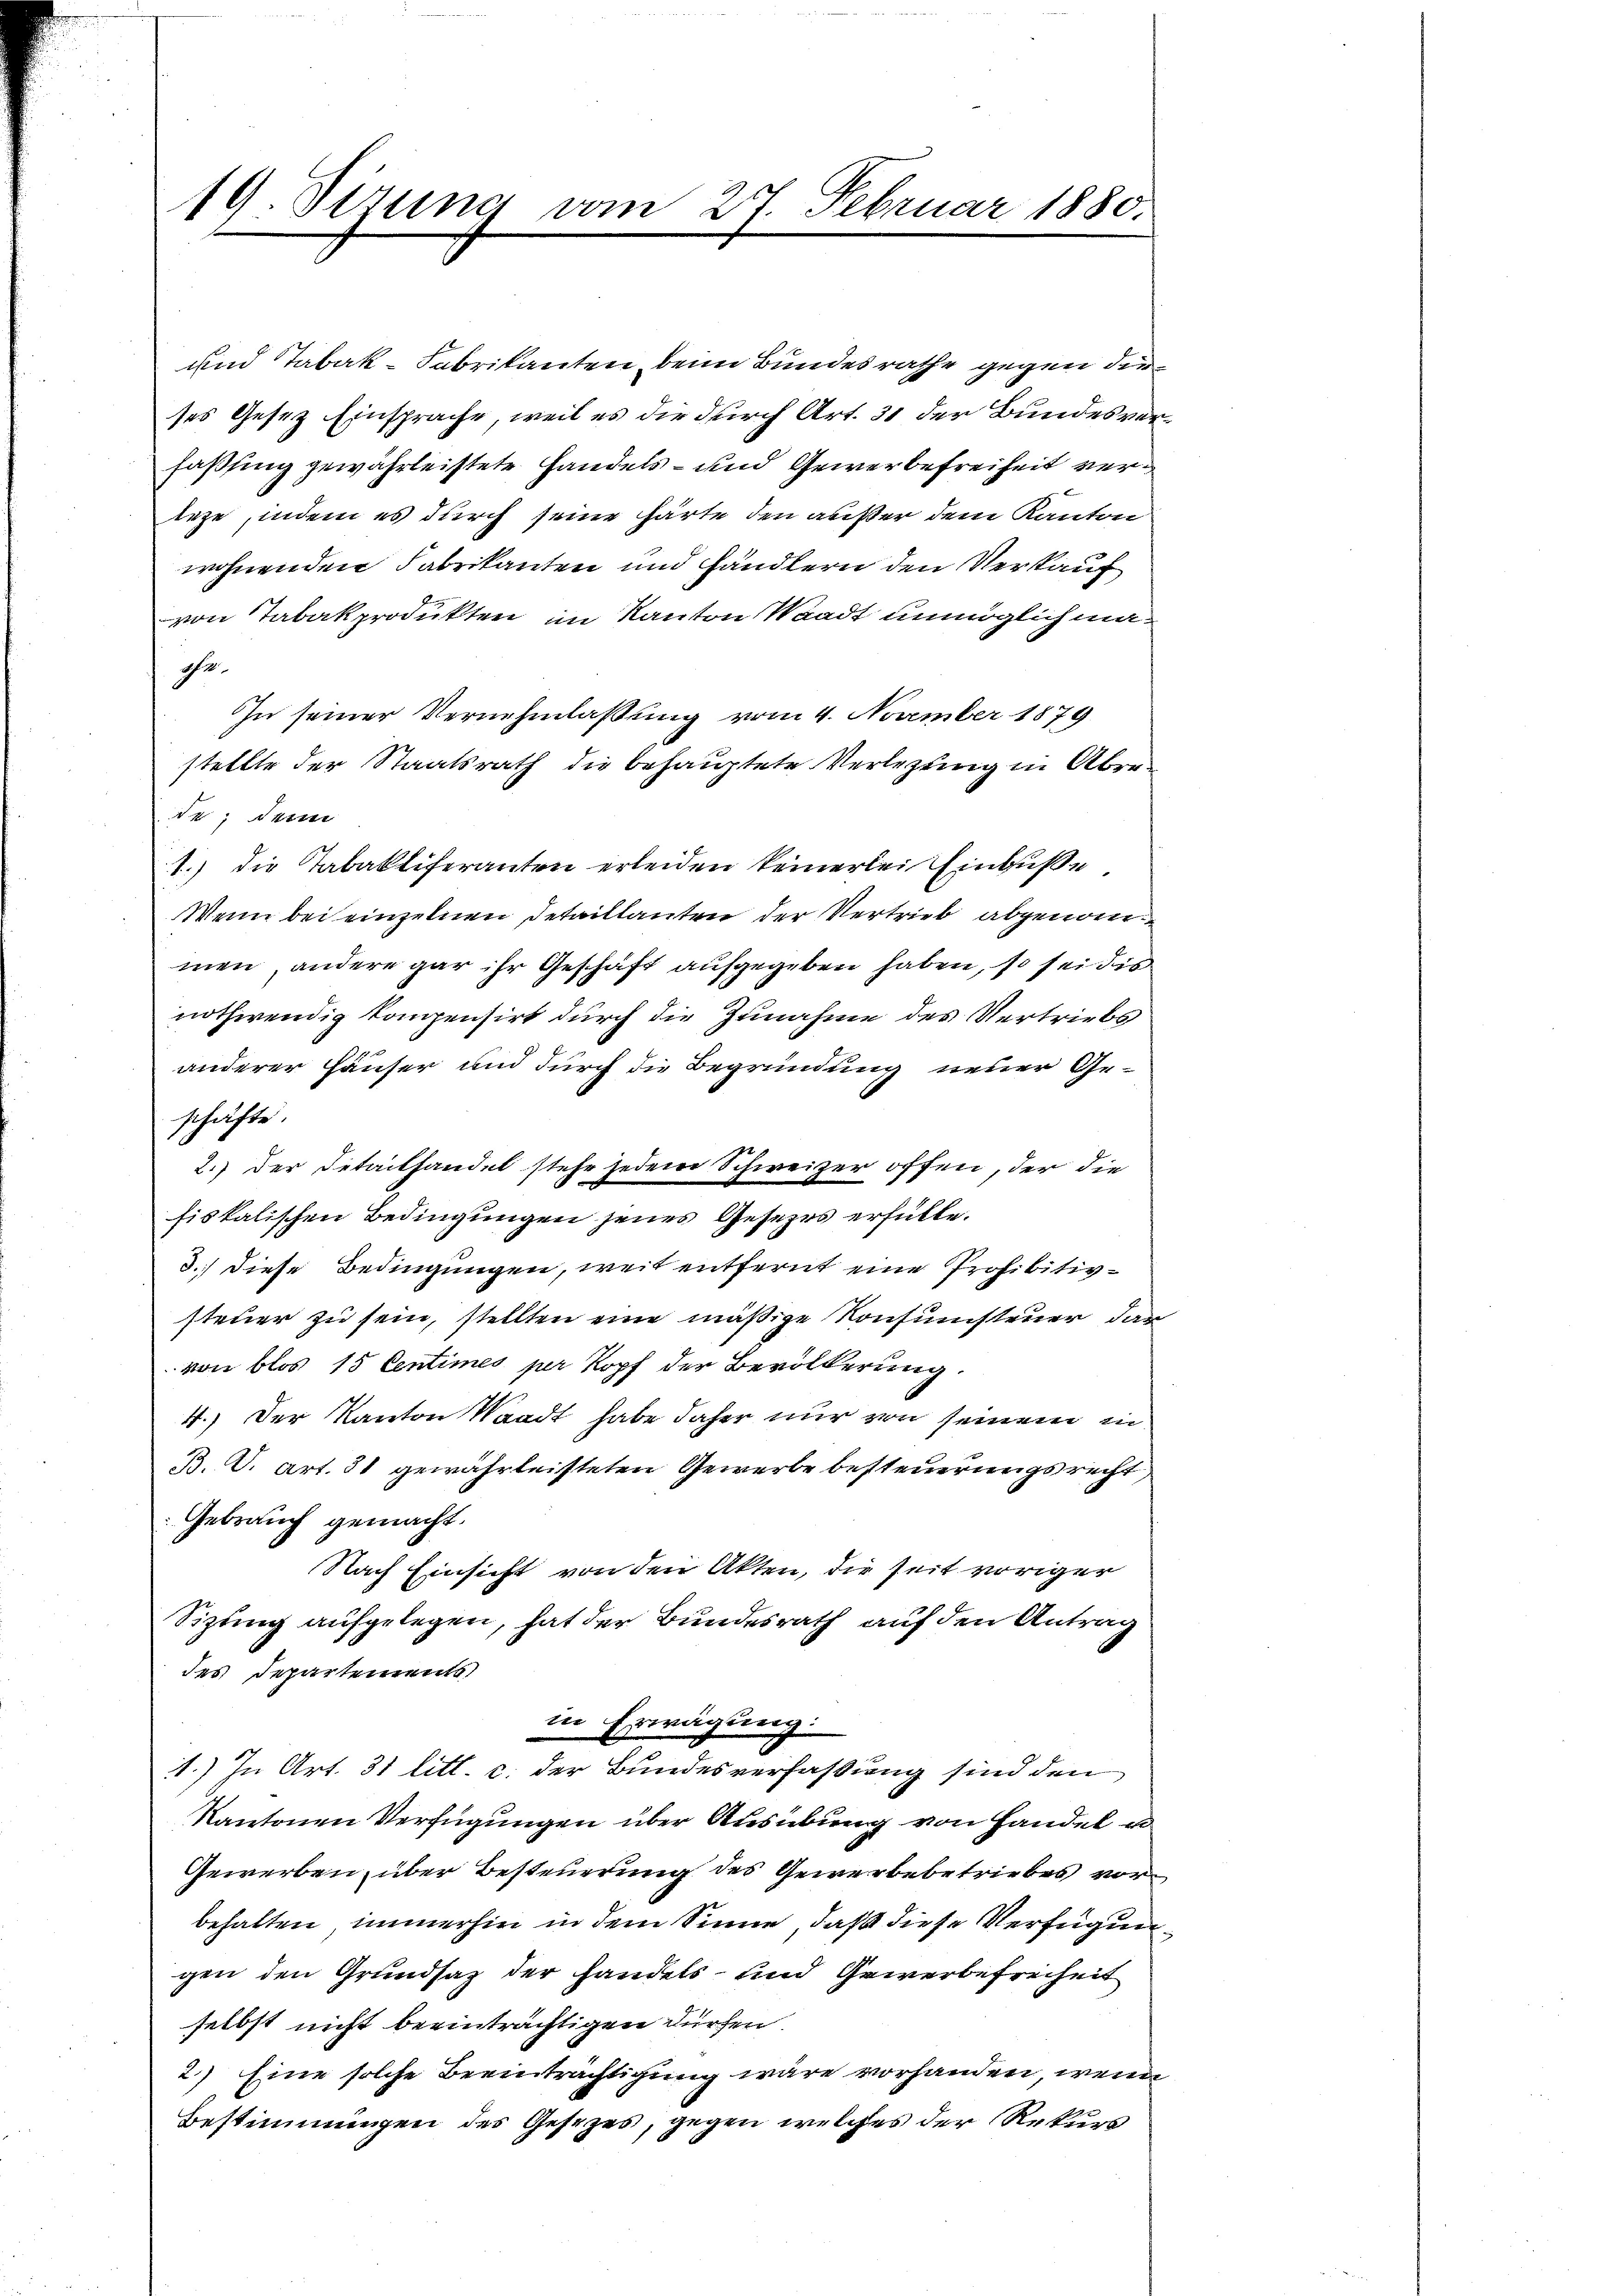
19. Sirna

vom 20t Februar 1880.

und Tabak-Fabrikanten beim Bundesrathe gegen die
ses Gesez Einsprache, weil es die durch Art. 31 der Bundesverfaßsing gewährleistete Handels- und Gewerbefreiheit verleze, indem es durch seine härte den außer dem Kanton
wohnenden Fabrikanten und händlern den Verkauf
von Tabakprodukten im Kanton Waadt unmöglich mache.
In seiner Vernehmlassung vom 4. November 1879
stellte der Staatsrath die behauptete Verlegung in Abrede; denn
1.) Die Tabakliferanten erleiden keinerlei Einbuße
Wenn bei einzelnen Detaillanten der Vertrieb abgenommen, andere gar ihr Geschäft aufgegeben haben, so sei die
nothwendig kompensirt durch die Zunahme des Vertriebs
anderer Häuser und durch die Begründung neuer Geschäfte.
2.) Der Detailhandel stehe jedem Schweizer offen, der die
fiskalischen Bedingungen jenes Gesezes erfülle.
3.) Diese Bedingungen, weit entfernt eine Prohibitivsteuer zu sein, stellten eine mäßige Konsumsteuer darvon blos 15 Centimes per Kopf der Bevölkerung.
4.) Der Kanton Waadt habe daher nur von seinem in
B. C. Art. 31 gewährleisteten Gewerbe besteuerungsrecht
Gebrauch gemacht.
Nach Einsicht von den Akten, die Zeit voriger
Sizung aufgelegen, hat der Bundesrath auf den Antrag
des Departements
in Erwägung.
1.) In Art. 31 litt. c. der Bundesverfassung sind den
Kantonen Verfügungen über Ausübung von Handel u
Gewerben, über Besteuerung des Gewerbebetriebes vorbehalten, immerhin in dem Sinne, daß diese Verfügungen den Grundsatz der Handels- und Gewerbefreiheit
selbst nicht beeinträchtigen dürfen
2.) Eine solche Beeinträchtigung wäre vorhanden, wenn
Bestimmungen des Gesetzes, gegen welches der Rekurs